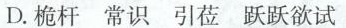
D.桅杆 常识 引莅 跃跃欲试